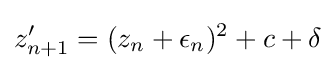
z'_{n+1}=(z_{n}+\epsilon _{n})^{2}+c+\delta